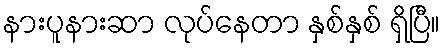
နားပူနားဆာ လုပ်နေတာ နှစ်နှစ် ရှိပြီ။